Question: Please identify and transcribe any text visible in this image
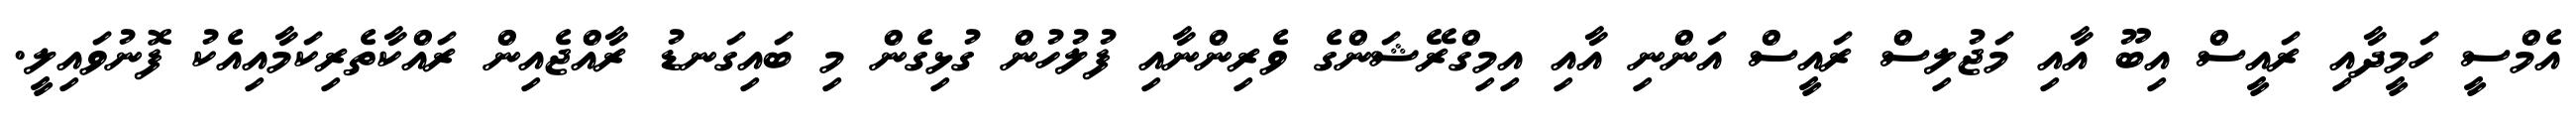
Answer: އެމްސީ ހަމީދާއި ރައީސް އިބޫ އާއި މަޖުލިސް ރައީސް އަންނި އާއި އިމިގްރޭޝަންގެ ވެރިންނާއި ފުލުހުން ގުޅިގެން މި ބައިގަނޑު ރާއްޖެއިން ރައްކާތެރިކަމާއިއެކު ފޮނުވައިލީ.